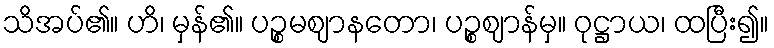
သိအပ်၏။ ဟိ၊ မှန်၏။ ပဉ္စမဈာနတော၊ ပဉ္စဈာန်မှ။ ဝုဋ္ဌာယ၊ ထပြီး၍။